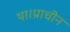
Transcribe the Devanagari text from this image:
था।प्राचीन